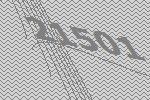
21501